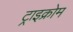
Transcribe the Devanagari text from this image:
ट्राइक्रोम